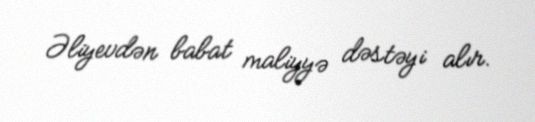
Əliyevdən babat maliyyə dəstəyi alır.